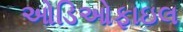
ઓડિઓફાઇલ